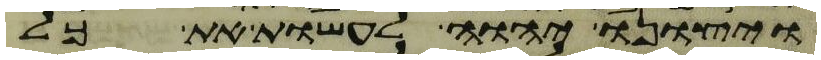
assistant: ויצונו יהוה לעשות את כל